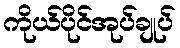
ကိုယ်ပိုင်အုပ်ချုပ်